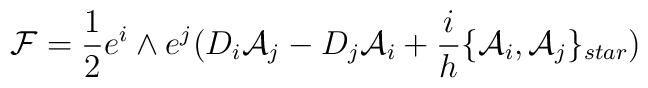
{\cal {F}}= \frac{1}{2}e^{i}\wedge e^{j}( D_{i}{\cal     {A}}_{j}-D_{j}{\cal {A}}_{i} + \frac{i}{h}\{{\cal     {A}}_{i},{\cal {A}}_{j}\}_{star})